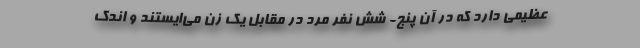
عظيمي دارد كه در آن پنج- شش نفر مرد در مقابل يك زن مي‌ايستند و اندك